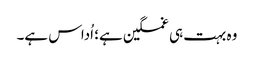
وہ بہت ہی غمگین ہے؛ اُداس ہے۔